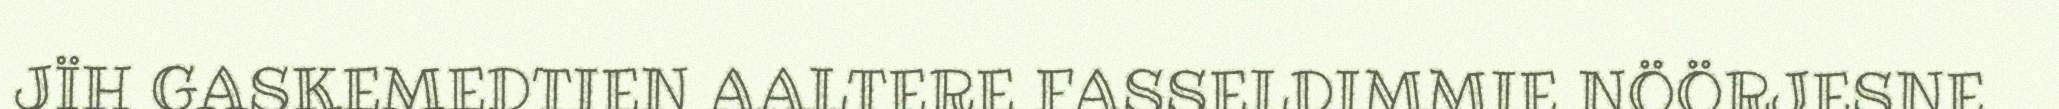
JÏH GASKEMEDTIEN AALTERE FASSELDIMMIE NÖÖRJESNE